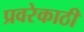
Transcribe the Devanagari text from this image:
प्रवरेकाठी